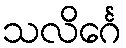
သလိင်္ဂေ